Report of the Municipal Commissioner on the plague in Bombay for the year ending 31st May... - Volume 3
Disease focus: Plague
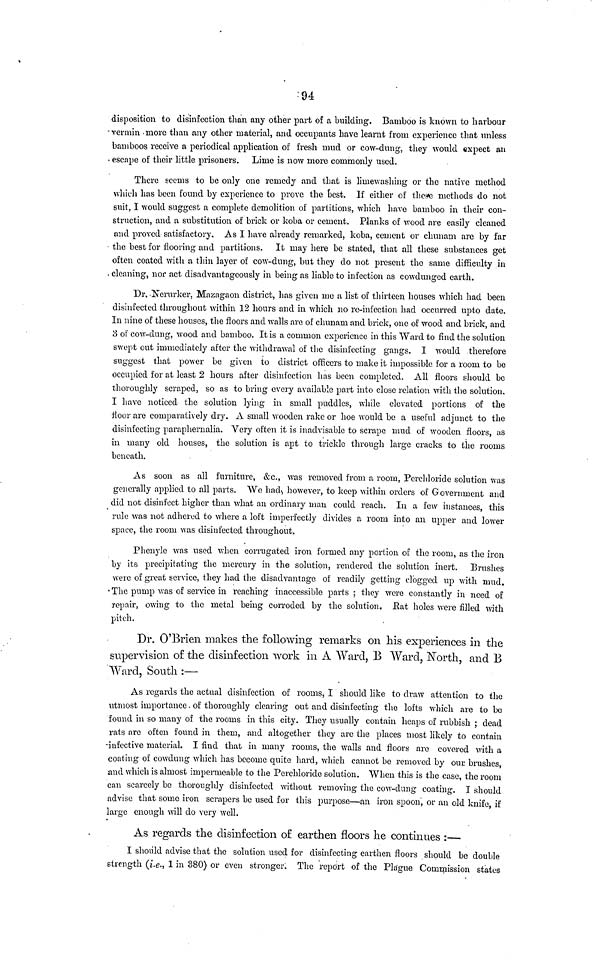
94
disposition to disinfection than any other part of a building. Bamboo is known to harbour
vermin more than any other material, and occupants have learnt from experience that unless
bamboos receive a periodical application of fresh mud or cow-dung, they would expect an
escape of their little prisoners. Lime is now more commonly used.
There seems to be only one remedy and that is limewashing or the native method
which has been found by experience to prove the best. If either of these methods do not
suit, I would suggest a complete demolition of partitions, which have bamboo in their con-
struction, and a substitution of brick or koba or cement. Planks of wood are easily cleaned
and proved satisfactory. As I have already remarked, koba, cement or chunam are by far
the best for flooring and partitions. It may here be stated, that all these substances get
often coated with a thin layer of cow-dung, but they do not present the same difficulty in
cleaning, nor act disadvantageously in being as liable to infection as cowdunged earth.
Dr. Nerurker, Mazagaon district, has given me a list of thirteen houses which had been
disinfected throughout within 12 hours and in which no re-infection had occurred upto date.
In nine of these houses, the floors and walls are of chunam and brick, one of wood and brick, and
3 of cow-dung, wood and bamboo. It is a common experience in this Ward to find the solution
swept out immediately after the withdrawal of the disinfecting gangs. I "would therefore
suggest that power be given to district officers to make it impossible for a room to be
occupied for at least 2 hours after disinfection has been completed. All floors should be
thoroughly scraped, so as to bring every available part into close relation with the solution.
I have noticed the solution lying in small puddles, while elevated portions of the
floor are comparatively dry. A small wooden rake or hoe would be a useful adjunct to the
disinfecting paraphernalia. Very often it is inadvisable to scrape mud of wooden floors, as
in many old houses, the solution is apt to trickle through large cracks to the rooms
beneath.
As soon as all furniture, &c, was removed from a room, Perchloride solution was
generally applied to all parts. We had however, to keep within orders of Government and
did not disinfect higher than what an ordinary man could reach. In a few instances, this
rule was not adhered to where a loft imperfectly divides a room into an upper and lower
space, the room was disinfected throughout.
Phenyle was used when corrugated iron formed any portion of the room, as the iron
by its precipitating the mercury in the solution, rendered the solution inert. Brushes
were of great service, they had the disadvantage of readily getting clogged up with mud.
The pump was of service in reaching inaccessible parts ; they were constantly in need of
repair, owing to the metal being corroded by the solution. Eat holes were filled with
pitch.
Dr. O'Brien makes the following remarks on his experiences in the
supervision of the disinfection work in À Ward, B Ward, North, and B
Ward, South :—
As regards the actual disinfection of rooms, I should like to draw attention to the
utmost importance of thoroughly clearing out and disinfecting the lofts which are to be
found in so many of the rooms in this city. They usually contain heaps of rubbish ; dead
rats are often found in them, and altogether they are the places most likely to contain
infective material. I find that in many rooms, the Avails and floors are covered with a
coating of cowdung which has become quite hard, which cannot be removed by our brushes,
and which is almost impermeable to the Perchloride solution. When this is the case, the room
can scarcely be thoroughly disinfected without removing the cow-dung coating. I should
advise that some iron scrapers be used for this purpose—an iron spoon, or an old knife, if
large enough will do very well.
As regards the disinfection of earthen floors he continues :—
I should advise that the solution used for disinfecting earthen floors should be double
strength (i.e., 1 in 380) or even stronger. The report of the Plague Commission states